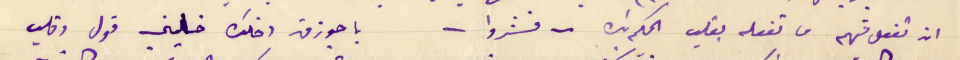
ان تفعل فيهم ما تفعله بقلب الحكم بك - فشروا - يا جوزف اخلك خاليني قول وقلب